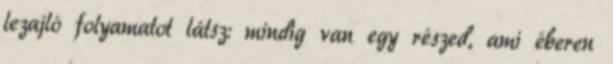
lezajló folyamatot látsz: mindig van egy részed, ami éberen